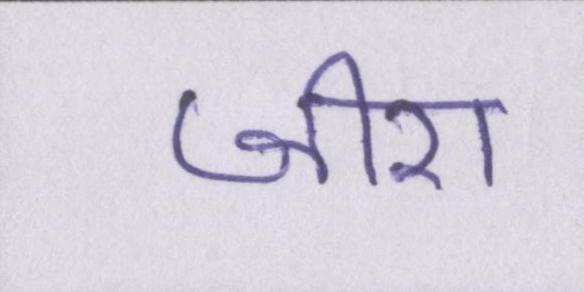
जीरा